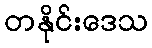
တနိုင်းဒေသ